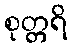
စုတ္တရိ